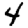
Digit: 4